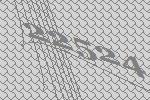
22524